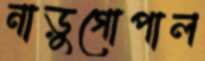
নাড়ুগোপাল